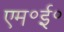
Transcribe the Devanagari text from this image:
एम॰ई॰